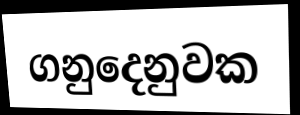
ගනුදෙනුවක